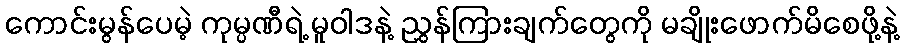
ကောင်းမွန်ပေမဲ့ ကုမ္ပဏီရဲ့ မူဝါဒနဲ့ ညွှန်ကြားချက်တွေကို မချိုးဖောက်မိစေဖို့နဲ့